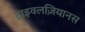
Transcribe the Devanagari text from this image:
ट्राइवलज़ियानस